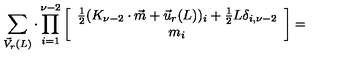
\sum _ { \vec { V } _ { r } ( L ) } \cdot \prod _ { i = 1 } ^ { \nu - 2 } \left[ \begin{array} { c } { \frac { 1 } { 2 } ( K _ { \nu - 2 } \cdot \vec { m } + \vec { u } _ { r } ( L ) ) _ { i } + \frac { 1 } { 2 } L \delta _ { i , \nu - 2 } } \\ { m _ { i } } \\ \end{array} \right] =